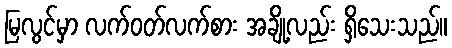
မြလွင်မှာ လက်ဝတ်လက်စား အချို့လည်း ရှိသေးသည်။